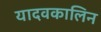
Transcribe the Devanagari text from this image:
यादवकालिन